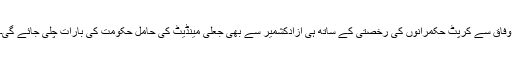
وفاق سے کرپٹ حکمرانوں کی رخصتی کے ساتھ ہی آزادکشمیر سے بھی جعلی مینڈیٹ کی حامل حکومت کی بارات چلی جائے گی۔